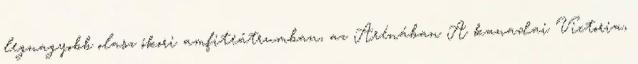
legnagyobb olasz ókori amfiteátrumban, az Arénában A kanadai Victoria,